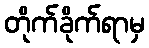
တိုက်ခိုက်ရာမှ